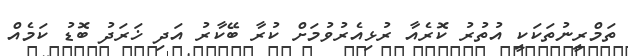
ތަމްރީނުތަކަކީ އުތުރު ކޮރެއާ ރުޅިއެރުވުމަށް ކުރާ ބޭކާރު އަދި ޚަރަދު ބޮޑު ކަމެއް